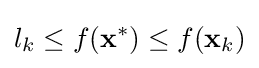
l_{k}\leq f(\mathbf {x} ^{*})\leq f(\mathbf {x} _{k})